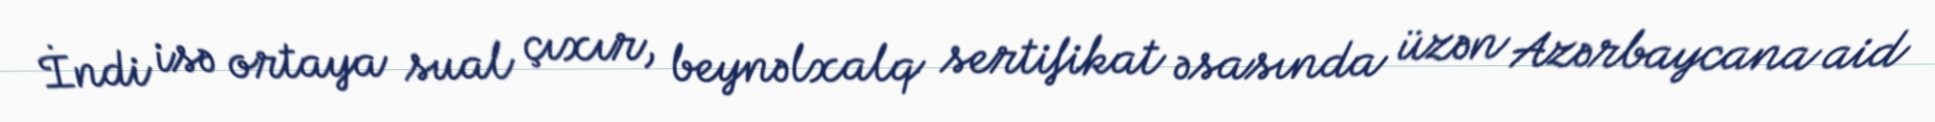
İndi isə ortaya sual çıxır, beynəlxalq sertifikat əsasında üzən Azərbaycana aid